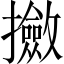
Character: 𫾛